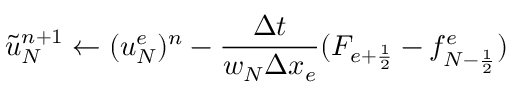
\tilde { u } _ { N } ^ { n + 1 } \gets ( u _ { N } ^ { e } ) ^ { n } - \frac { \Delta t } { w _ { N } \Delta x _ { e } } ( F _ { e + \frac { 1 } { 2 } } - f _ { { N - \frac { 1 } { 2 } } } ^ { e } )